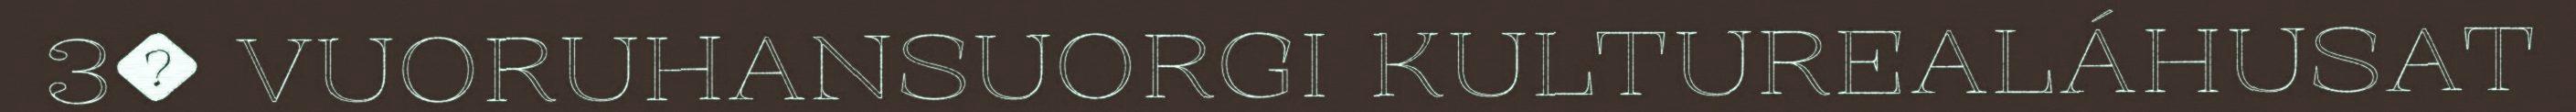
3� VUORUHANSUORGI KULTUREALÁHUSAT